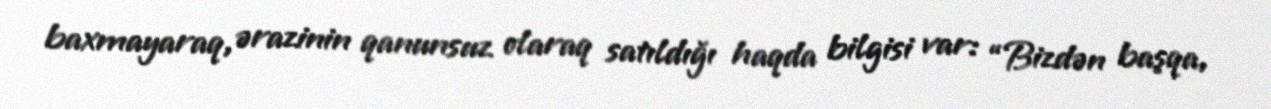
baxmayaraq, ərazinin qanunsuz olaraq satıldığı haqda bilgisi var: “Bizdən başqa,